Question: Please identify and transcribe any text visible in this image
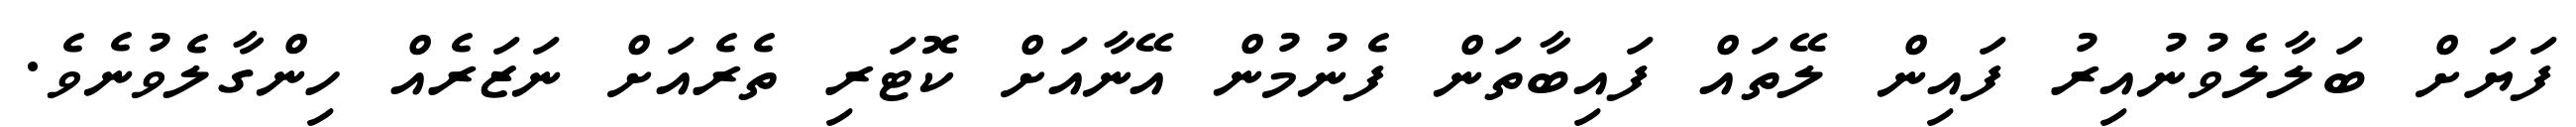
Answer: ފަޔަށް ބަލާލެވުނުއިރު ފައިން ލޭތައް ފައިބާތަން ފެނުމުން އޭނާއަށް ކޮޓަރި ތެރެއަށް ނަޒަރެއް ހިންގާލެވުނެވެ.